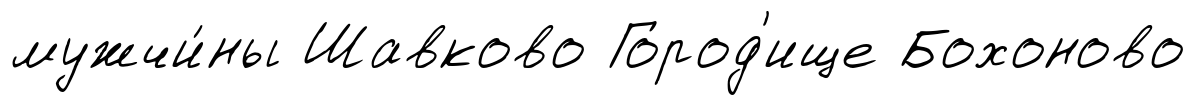
мужчи́ны Шавково Город'ище Бохоново